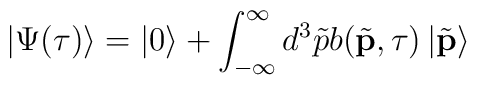
\left|\Psi(\tau)\right\rangle=\left|0\right\rangle+\int_{-\infty}^{\infty} d^3\tilde{p}b(\tilde{\mathbf{p}},\tau)\left|\tilde{\mathbf{p}}\right\rangle